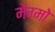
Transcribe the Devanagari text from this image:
मैग्मो